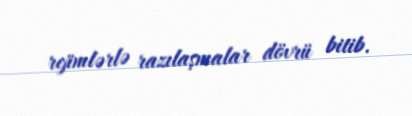
rejimlərlə razılaşmalar dövrü bitib.